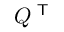
Q ^ { \textsf { T } }